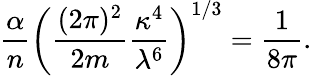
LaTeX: {\frac{\alpha}{n}}\bigg({\frac{(2\pi)^{2}}{2m}}{\frac{\kappa^{4}}{\lambda^{6}}}\bigg)^{1/3}={\frac{1}{8\pi}}.